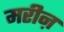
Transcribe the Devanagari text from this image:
मरीऩ